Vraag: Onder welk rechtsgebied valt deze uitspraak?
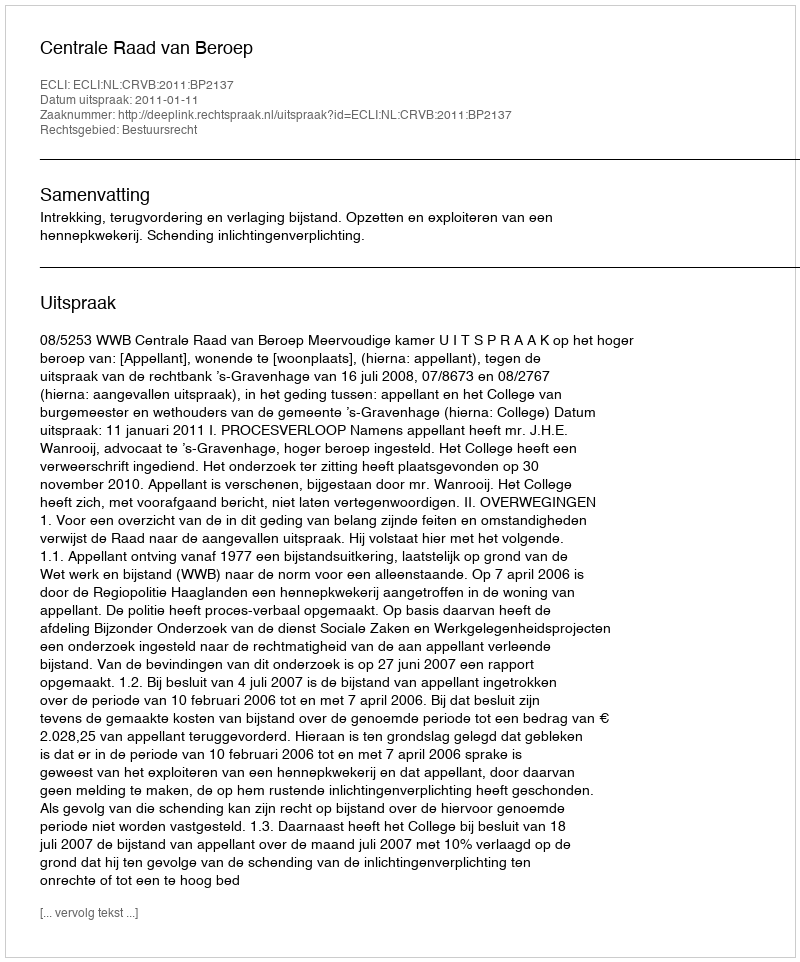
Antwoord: Bestuursrecht